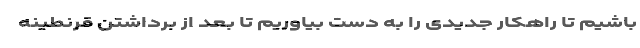
باشیم تا راهکار جدیدی را به دست بیاوریم تا بعد از برداشتن قرنطینه